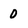
Character: 0